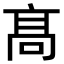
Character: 髙